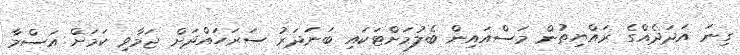
ގިނަ އަދަދެއްގެ ރައްޔިތުން މަސްއައިން ބެލުމަށްޓަކައި ބަނަދަރު ސަރަހައްދަށް ޖަމާވި ކަމަށް އަސްމާ